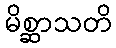
မိစ္ဆာသတိ